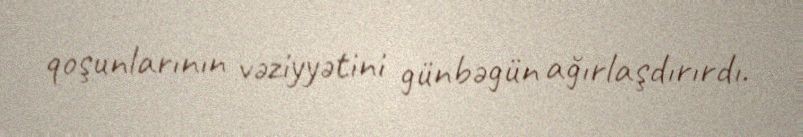
qoşunlarının vəziyyətini günbəgün ağırlaşdırırdı.